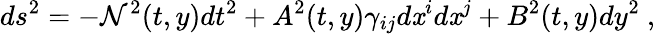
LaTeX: ds^{2}=-\mathcal{N}^{2}(t,y)dt^{2}+A^{2}(t,y)\gamma_{ij}d\mathit{x}^{i}d\mathit{x}^{j}+B^{2}(t,y)dy^{2}\ ,